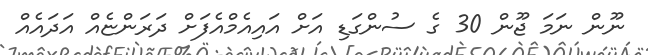
ނޫން ނަމަ ޖޫން 30 ގެ ސުންގަޑި އަށް އައިއެމްއެފަށް ދަރަންޏެއް އަދައެއް